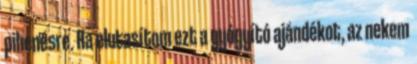
pihenésre. Ha elutasítom ezt a gyógyító ajándékot, az nekem